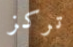
تركز